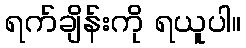
ရက်ချိန်းကို ရယူပါ။